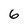
Character: 6